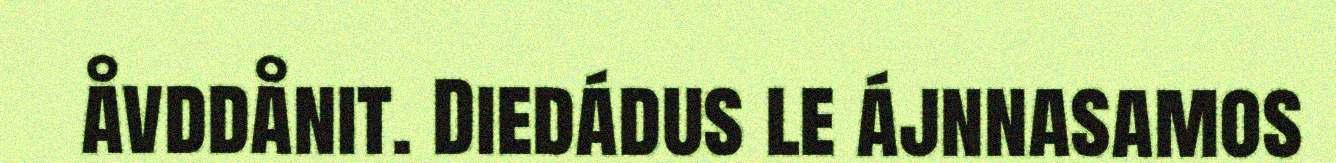
åvddånit. Diedádus le ájnnasamos